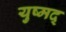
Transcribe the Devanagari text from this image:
युष्मद्